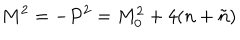
M ^ { 2 } = - P ^ { 2 } = M _ { 0 } ^ { 2 } + 4 ( n + \tilde { n } )